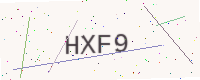
Text: HXF9